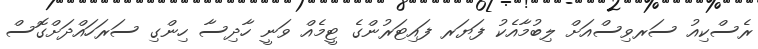
ރެސްކިއު ސަރވިސްއަށް ލިބުމާއެކު ފަޔަރ ފައިޓަރުންގެ ޓީމެއް ވަނީ ހާދިސާ ހިންގި ސަރަހައްދަށްގޮސް